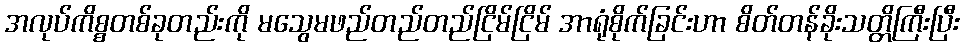
အလုပ်ကိစ္စတစ်ခုတည်းကို မသွေမဖည်တည်တည်ငြိမ်ငြိမ် အာရုံစိုက်ခြင်းဟာ စိတ်တန်ခိုးသတ္တိကြီးပြီး